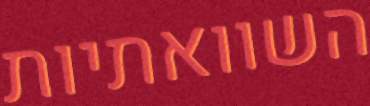
השוואתיות